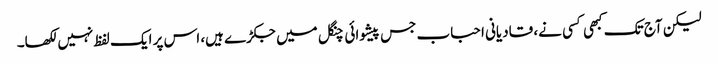
لیکن آج تک کبھی کسی نے، قادیانی احباب جس پیشوائی چنگل میں جکڑے ہیں، اس پر ایک لفظ نہیں لکھا۔